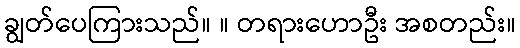
ချွတ်ပေကြားသည်။ ။ တရားဟောဦး အစတည်း။